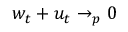
w _ { t } + u _ { t } \to _ { p } 0